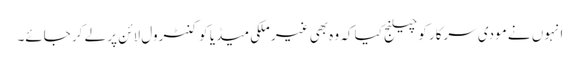
انہوں نے مودی سرکار کو چیلنج کیا کہ وہ بھی غیر ملکی میڈیا کو کنٹرول لائن پر لے کر جائے۔